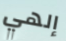
إلهي